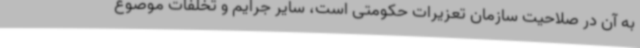
به آن در صلاحیت سازمان تعزیرات حکومتی است، سایر جرایم و تخلفات موضوع